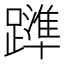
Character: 𨆒